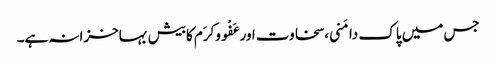
جس میں پاک دامَنی،سخاوت اورعَفْووکرَم کابیش بہاخزانہ ہے۔